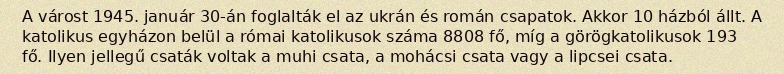
A várost 1945. január 30-án foglalták el az ukrán és román csapatok. Akkor 10 házból állt. A katolikus egyházon belül a római katolikusok száma 8808 fő, míg a görögkatolikusok 193 fő. Ilyen jellegű csaták voltak a muhi csata, a mohácsi csata vagy a lipcsei csata.